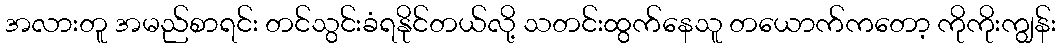
အလားတူ အမည်စာရင်း တင်သွင်းခံရနိုင်တယ်လို့ သတင်းထွက်နေသူ တယောက်ကတော့ ကိုကိုးကျွန်း